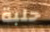
حلبة